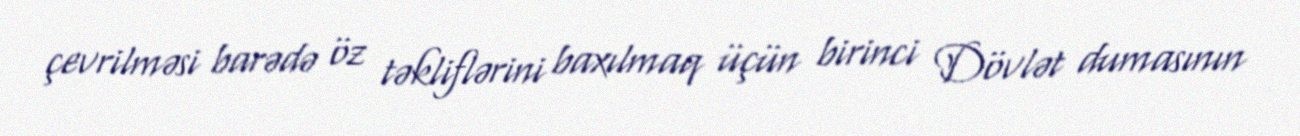
çevrilməsi barədə öz təkliflərini baxılmaq üçün birinci Dövlət dumasının